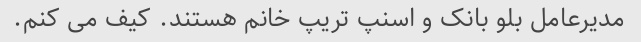
مدیرعامل بلو بانک و اسنپ تریپ خانم هستند. کیف می کنم.